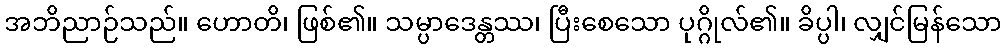
အဘိညာဉ်သည်။ ဟောတိ၊ ဖြစ်၏။ သမ္ပာဒေန္တဿ၊ ပြီးစေသော ပုဂ္ဂိုလ်၏။ ခိပ္ပါ၊ လျှင်မြန်သော